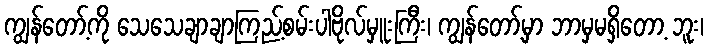
ကျွန်တော့်ကို သေသေချာချာကြည့်စမ်းပါဗိုလ်မှူးကြီး၊ ကျွန်တော့်မှာ ဘာမှမရှိတော့ ဘူး၊